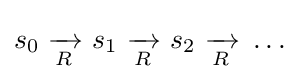
s_{0}\ {\xrightarrow[{R}]{}}\ s_{1}\ {\xrightarrow[{R}]{}}\ s_{2}\ {\xrightarrow[{R}]{}}\ \ldots